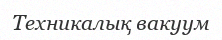
Техникалық вакуум